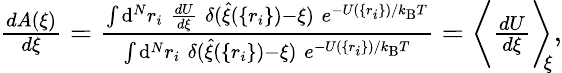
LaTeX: \begin{array}{r}{\frac{dA(\xi)}{d\xi}=\frac{\int\mathrm{d}^{N}r_{i}\; \frac{dU}{d\xi}\; \delta(\hat{\xi}(\{ r_{i}\} )-\xi)\; e^{-U(\{ r_{i}\} )/k_{\mathrm{B}}T}}{\int\mathrm{d}^{N}r_{i}\; \delta(\hat{\xi}(\{ r_{i}\} )-\xi)\; e^{-U(\{ r_{i}\} )/k_{\mathrm{B}}T}}=\bigg\langle\frac{dU}{d\xi}\bigg\rangle_{\! \! \xi},}\end{array}